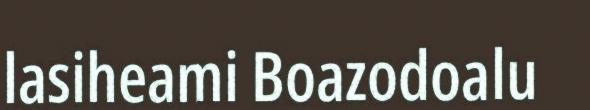
lasiheami Boazodoalu